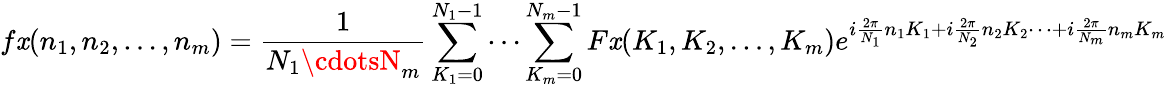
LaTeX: f\mathit{x}(n_{1},n_{2},\ldots,n_{m})={\frac{{1}}{{N_{1}\cdotsN_{m}}}}\sum_{K_{1}=0}^{N_{1}-1}\cdots\sum_{K_{m}=0}^{N_{m}-1}F\mathit{x}(K_{1},K_{2},\ldots,K_{m})e^{i{\frac{{2\pi}}{{N_{1}}}}n_{1}K_{1}+i{\frac{{2\pi}}{{N_{2}}}}n_{2}K_{2}\cdots+i{\frac{{2\pi}}{{N_{m}}}}n_{m}K_{m}}